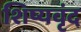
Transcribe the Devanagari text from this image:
शिष्यवृंद